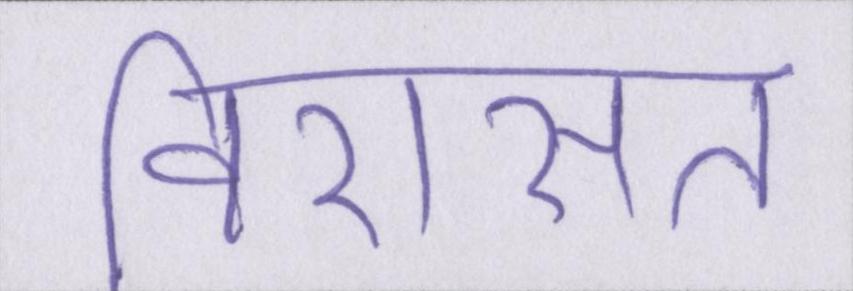
विरासत